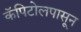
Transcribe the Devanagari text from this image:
कॅपिटोलपासून